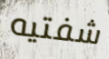
شفتيه